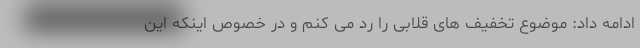
ادامه داد: موضوع تخفیف های قلابی را رد می کنم و در خصوص اینکه این